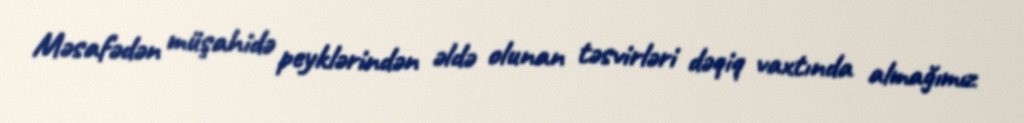
Məsafədən müşahidə peyklərindən əldə olunan təsvirləri dəqiq vaxtında almağımız